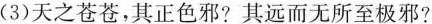
(3)天之苍苍，其正色邪?其远而无所至极邪?